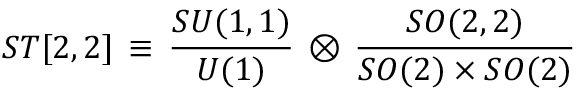
{ \cal S T } [ 2 , 2 ] \, \equiv \, \frac { S U ( 1 , 1 ) } { U ( 1 ) } \, \otimes \, \frac { S O ( 2 , 2 ) } { S O ( 2 ) \times S O ( 2 ) }